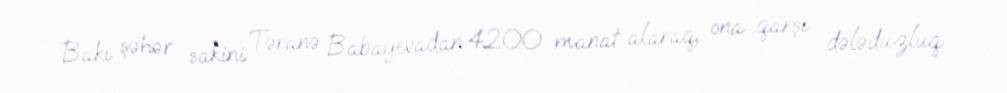
Bakı şəhər sakini Təranə Babayevadan 4200 manat alaraq, ona qarşı dələduzluq